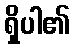
ရှိပါ၏